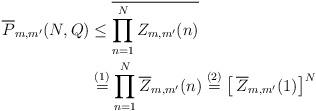
LaTeX: \begin{align*}\overline{P}_{m,m'}(N,Q) & \le \overline{\prod_{n=1}^N Z_{m,m'}(n)} \\& \stackrel{(1)}{=} \prod_{n=1}^N \overline{Z}_{m,m'}(n) \stackrel{(2)}{=} \left[\,\overline{Z}_{m,m'}(1)\right]^N \end{align*}